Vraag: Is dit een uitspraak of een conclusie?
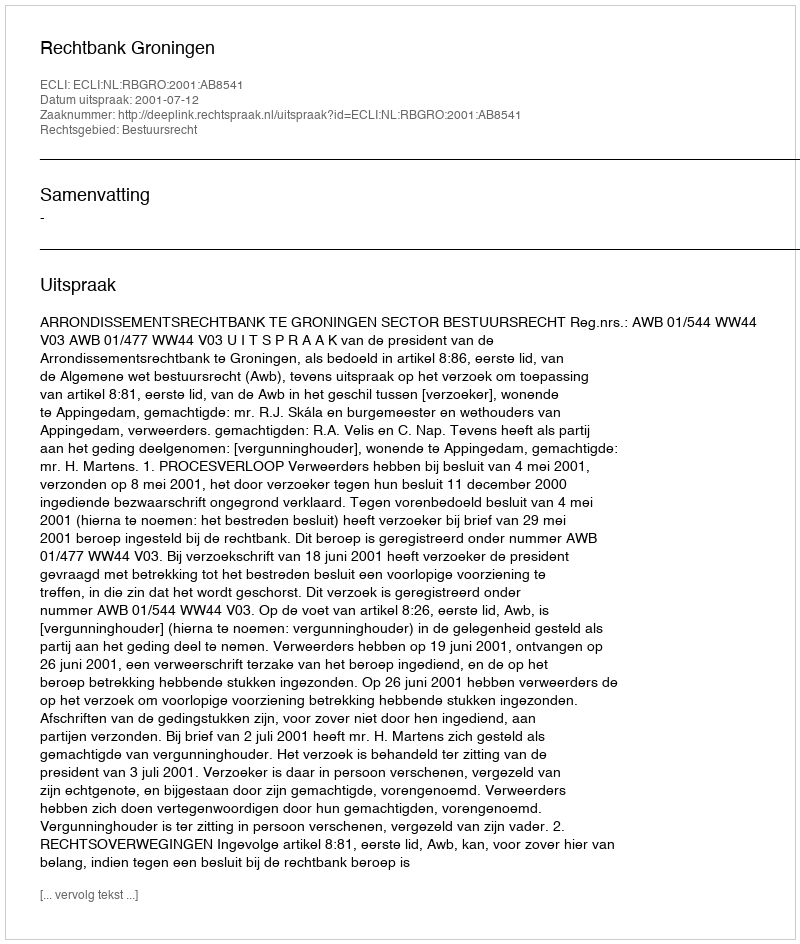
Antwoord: Uitspraak